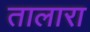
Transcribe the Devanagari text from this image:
तालारा